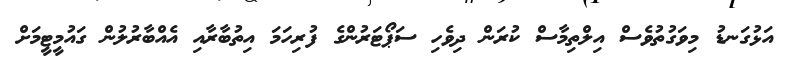
އަޅުގަނޑު މިވަގުތުވެސް އިލްތިމާސް ކުރަން ދިވެހި ސަޕޯޓަރުންގެ ފުރިހަމަ އިތުބާރާއި އެއްބާރުލުން ގައުމީޓީމަށް